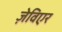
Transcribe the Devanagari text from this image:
ज़ेविएर